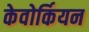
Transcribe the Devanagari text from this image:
केवोर्कियन